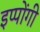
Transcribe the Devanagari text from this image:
इप्पोंगी